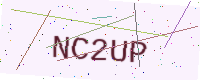
Text: NC2UP